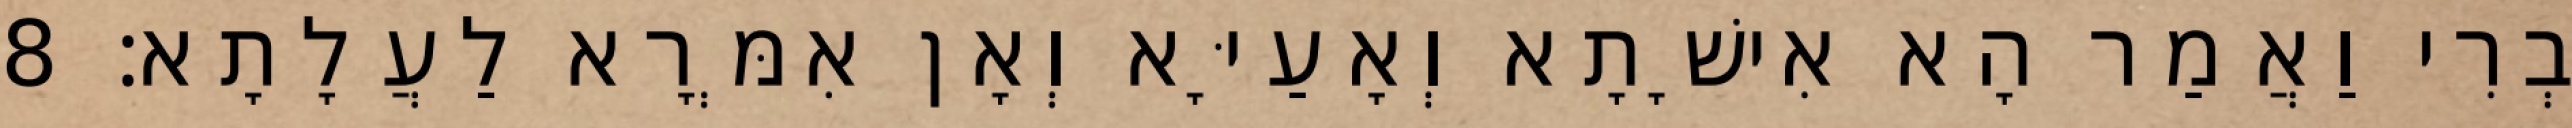
בְרִי וַאֲמַר הָא אִישָׁתָא וְאָעַיָּא וְאָן אִמְּרָא לַעֲלָתָא׃ 8